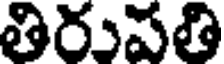
తిరుపతి